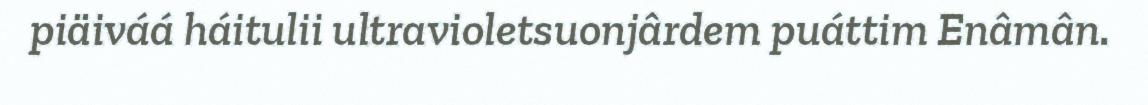
piäiváá háitulii ultravioletsuonjârdem puáttim Enâmân.